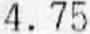
4.75